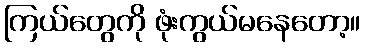
ကြယ်တွေကို ဖုံးကွယ်မနေတော့။